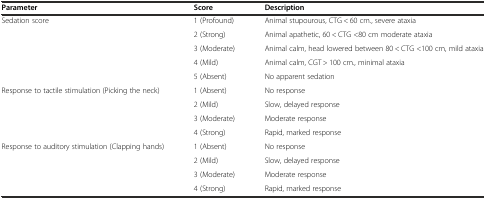
<table><thead><tr><td><b>Parameter</b></td><td><b>Score</b></td><td><b>Description</b></td></tr></thead><tbody><tr><td rowspan="5">Sedation score</td><td>1 (Profound)</td><td>Animal stupourous, CTG &lt; 60 cm., severe ataxia</td></tr><tr><td>2 (Strong)</td><td>Animal apathetic, 60 &lt; CTG &lt;80 cm moderate ataxia</td></tr><tr><td>3 (Moderate)</td><td>Animal calm, head lowered between 80 &lt; CTG &lt;100 cm, mild ataxia</td></tr><tr><td>4 (Mild)</td><td>Animal calm, CGT &gt; 100 cm., minimal ataxia</td></tr><tr><td>5 (Absent)</td><td>No apparent sedation</td></tr><tr><td rowspan="4">Response to tactile stimulation (Picking the neck)</td><td>1 (Absent)</td><td>No response</td></tr><tr><td>2 (Mild)</td><td>Slow, delayed response</td></tr><tr><td>3 (Moderate)</td><td>Moderate response</td></tr><tr><td>4 (Strong)</td><td>Rapid, marked response</td></tr><tr><td rowspan="4">Response to auditory stimulation (Clapping hands)</td><td>1 (Absent)</td><td>No response</td></tr><tr><td>2 (Mild)</td><td>Slow, delayed response</td></tr><tr><td>3 (Moderate)</td><td>Moderate response</td></tr><tr><td>4 (Strong)</td><td>Rapid, marked response</td></tr></tbody></table>